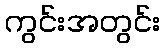
ကွင်းအတွင်း